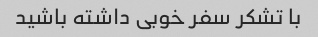
با تشکر سفر خوبی داشته باشید